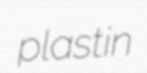
plastin